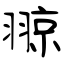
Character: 翞